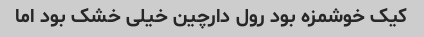
کیک خوشمزه بود رول دارچین خیلی خشک بود اما